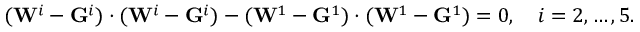
( \mathbf { W } ^ { i } - \mathbf { G } ^ { i } ) \cdot ( \mathbf { W } ^ { i } - \mathbf { G } ^ { i } ) - ( \mathbf { W } ^ { 1 } - \mathbf { G } ^ { 1 } ) \cdot ( \mathbf { W } ^ { 1 } - \mathbf { G } ^ { 1 } ) = 0 , \quad i = 2 , \ldots , 5 .